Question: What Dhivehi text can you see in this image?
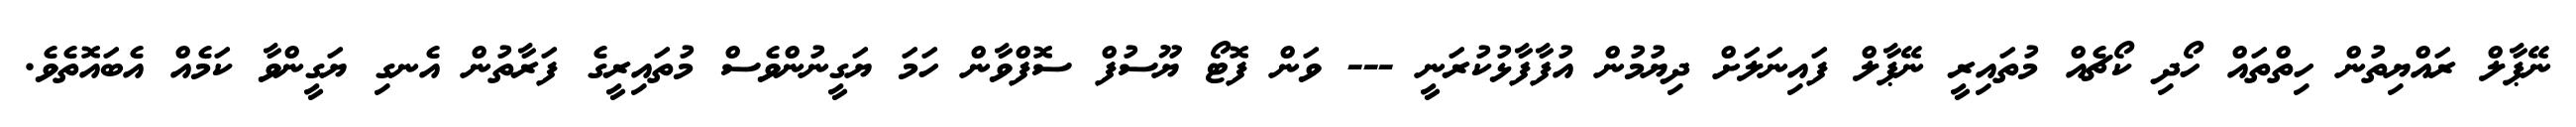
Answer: ނޭޕާލް ރައްޔިތުން ހިތްތައް ހޯދި ކޯޗެއް މުތައިރީ ނޭޕާލް ފައިނަލަށް ދިޔުމުން އުފާފާޅުކުރަނީ --- ވަން ފޮޓޯ ޔޫސުފް ސޮފްވާން ހަމަ ޔަގީނުންވެސް މުތައިރީގެ ފަރާތުން އެނގި ޔަގީންވާ ކަމެއް އެބައޮތެވެ.